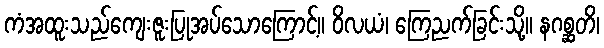
ကံအထူးသည်ကျေးဇူးပြုအပ်သောကြောင့်။ ဝိလယံ၊ ကြေညက်ခြင်းသို့။ နဂစ္ဆတိ၊